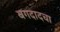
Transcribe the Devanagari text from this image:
बगदादचा